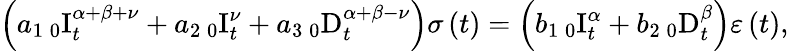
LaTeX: \left(a_{1}\, _{0}\mathrm{I}_{t}^{\alpha+\beta+\nu}+a_{2}\, _{0}\mathrm{I}_{t}^{\nu}+a_{3}\, _{0}\mathrm{D}_{t}^{\alpha+\beta-\nu}\right)\sigma\left(t\right)=\left(b_{1}\, _{0}\mathrm{I}_{t}^{\alpha}+b_{2}\, _{0}\mathrm{D}_{t}^{\beta}\right)\varepsilon\left(t\right),